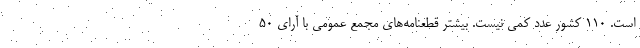
است. 110 كشور عدد كمي نيست. بيشتر قطعنامه‌هاي مجمع عمومي با آراي 50